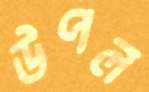
উপল